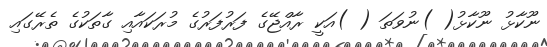
ނޫކާޅު ނޫކާޅު( )ނުވަތަ ( )އަކީ ރާއްޖޭގެ ފަރުފަރުގެ މުރަކައާއި ގާތަކުގެ ތެރޭގައި